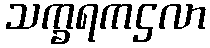
သက္ခရကဌလာ